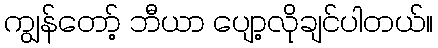
ကျွန်တော့် ဘီယာ ပျော့လိုချင်ပါတယ်။